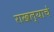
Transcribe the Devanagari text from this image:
राखल्याचे